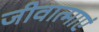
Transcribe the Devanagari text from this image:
जीवात्माएं